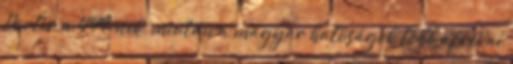
Porter a 444-nek, miután a magyar hatóságok több afrikai